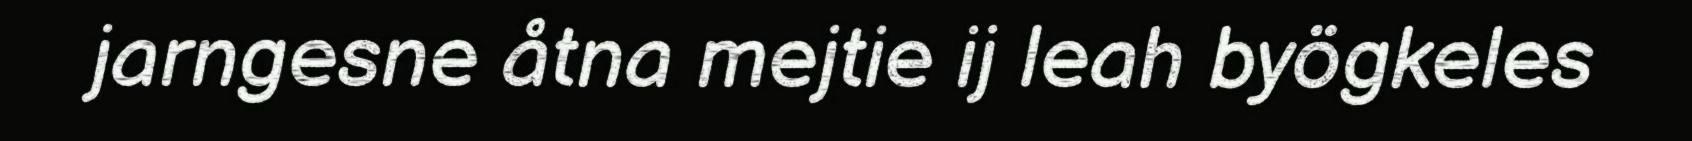
jarngesne åtna mejtie ij leah byögkeles